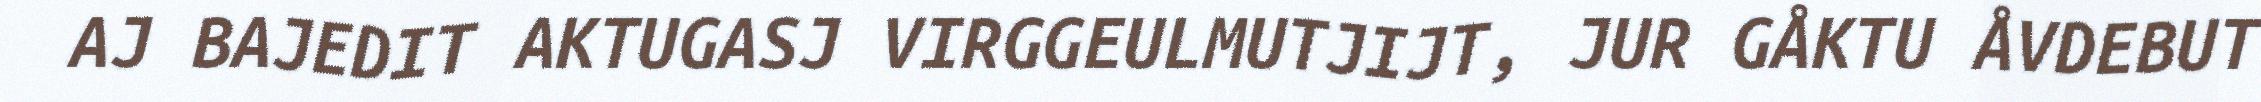
AJ BAJEDIT AKTUGASJ VIRGGEULMUTJIJT, JUR GÅKTU ÅVDEBUT